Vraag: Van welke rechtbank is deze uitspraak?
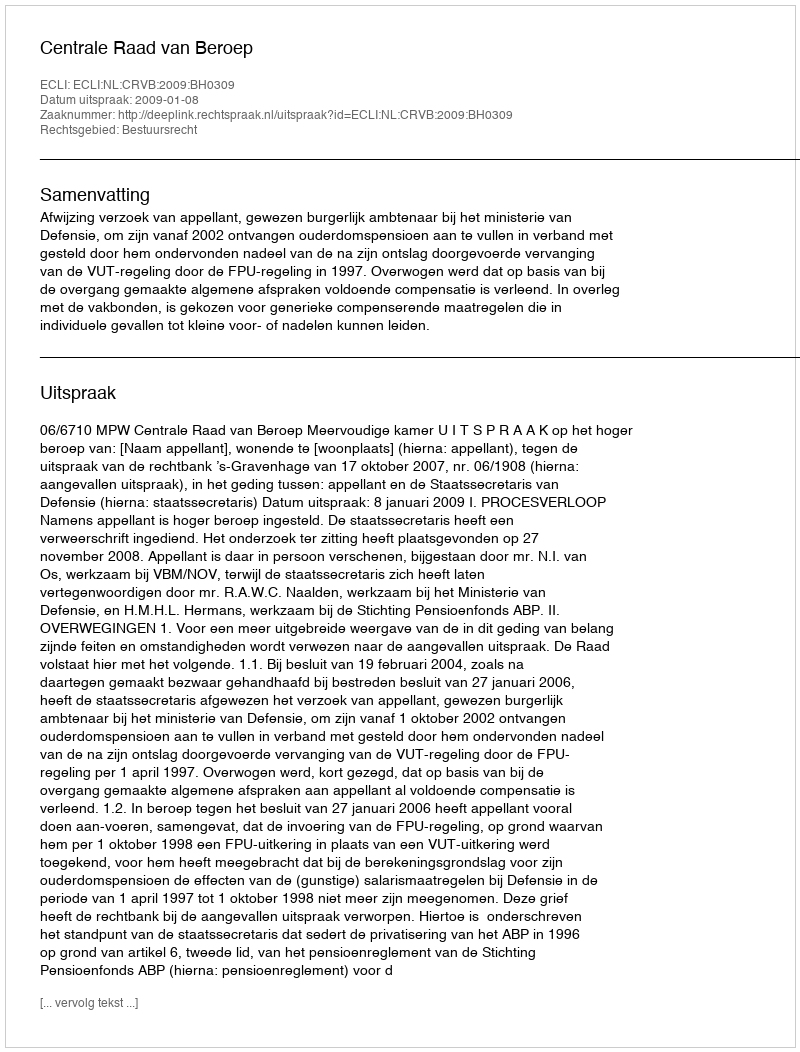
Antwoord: Centrale Raad van Beroep